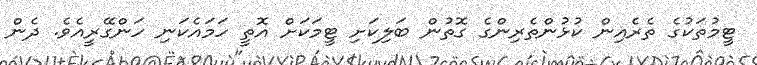
ޓީމުތަކުގެ ތެރެއިން ކުޅުންތެރިންގެ ގޮތުން ބަލިކަށި ޓީމަކަށް އޮތީ ހަމައެކަނި ހަންގޭރީއެވެ. ދެން